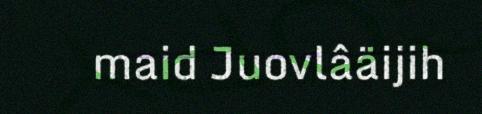
maid Juovlâäijih